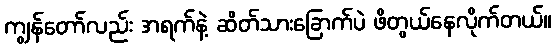
ကျွန်တော်လည်း အရက်နဲ့ ဆိတ်သားခြောက်ပဲ ဖိတွယ်နေလိုက်တယ်။